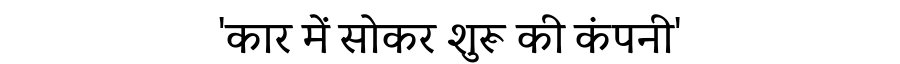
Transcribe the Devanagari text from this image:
'कार में सोकर शुरू की कंपनी'